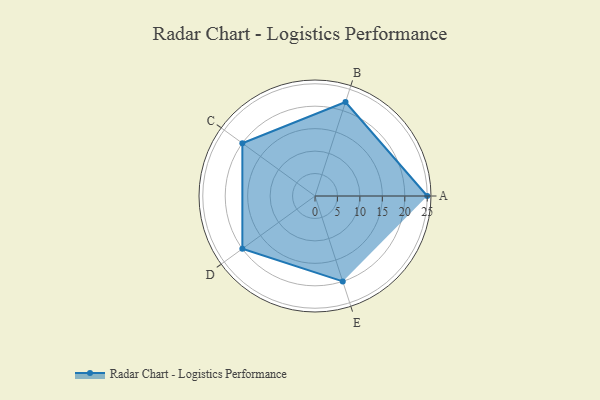
{"axis": {"x": "Skill", "y": "Score"}, "legend": ["Profile"], "data": [{"x": "A", "y": 25.0, "type": "Profile"}, {"x": "B", "y": 22.0, "type": "Profile"}, {"x": "C", "y": 20.0, "type": "Profile"}, {"x": "D", "y": 20, "type": "Profile"}, {"x": "E", "y": 20, "type": "Profile"}]}